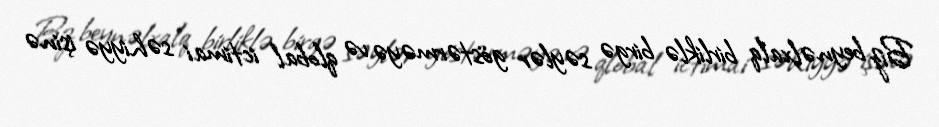
Biz beynəlxalq birliklə birgə səylər göstərməyə və qlobal ictimai səhiyyə işinə